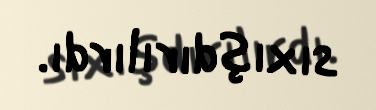
sıxışdırılırdı.